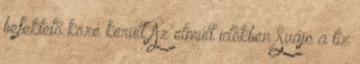
befektető közé került Az elmúlt időkben Svájc a tíz